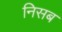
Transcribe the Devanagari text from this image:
निसब